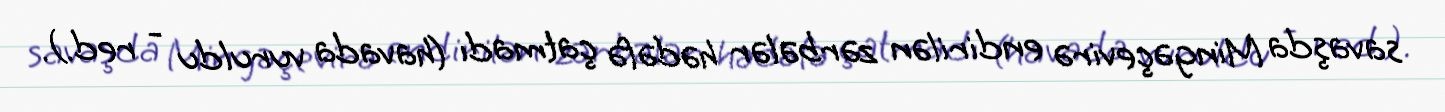
savaşda Mingəçevirə endirilən zərbələr hədəfə çatmadı (havada vuruldu - red.).